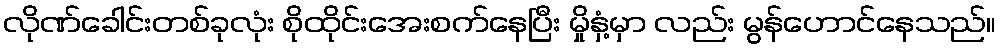
လိုဏ်ခေါင်းတစ်ခုလုံး စိုထိုင်းအေးစက်နေပြီး မှိုနှံ့မှာ လည်း မွန်ဟောင်နေသည်။